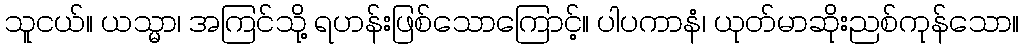
သူငယ်။ ယသ္မာ၊ အကြင်သို့ ရဟန်းဖြစ်သောကြောင့်။ ပါပကာနံ၊ ယုတ်မာဆိုးညစ်ကုန်သော။